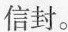
信封。